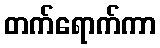
တက်ရောက်ကာ